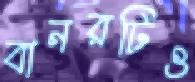
বানরটিও